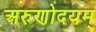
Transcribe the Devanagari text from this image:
अरुणोदयम्